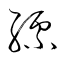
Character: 縹